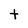
Character: t